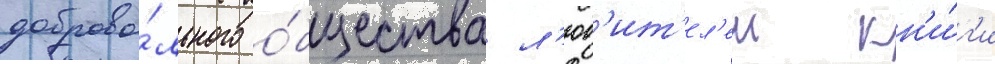
доброво́льного о́бщества л'юб'ит'ел'еи кн'и́г'и